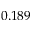
0 . 1 8 9